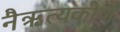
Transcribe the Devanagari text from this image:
नैऋत्यकोण